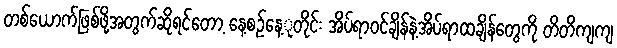
တစ်ယောက်ဖြစ်ဖို့အတွက်ဆိုရင်တော့ နေ့စဉ်နေ့ုတိုင်း အိပ်ရာဝင်ချိန်နဲ့အိပ်ရာထချိန်တွေကို တိတိကျကျ